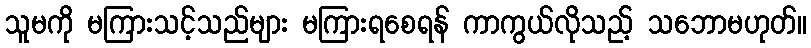
သူမကို မကြားသင့်သည်များ မကြားရစေရန် ကာကွယ်လိုသည့် သဘောမဟုတ်။